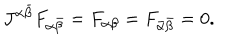
J ^ { \alpha \bar { \beta } } F _ { \alpha \bar { \beta } } = F _ { \alpha \beta } = F _ { \bar { \alpha } \bar { \beta } } = 0 .